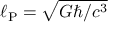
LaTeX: \ell _ { \mathrm { P } } = { \sqrt { G \hbar / c ^ { 3 } } }